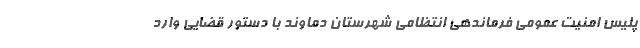
پلیس امنیت عمومی فرماندهی انتظامی شهرستان دماوند با دستور قضایی وارد